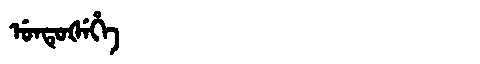
Manchu: ᡠᠨᡨᡠᡧᡝᡥᡝ
Romanization: UNTUŠEHE